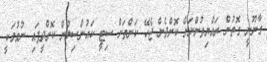
ގާނޫނީ ގޮތުން ރައްޔިތުންނަށް ކޮށްދެން ޖެހޭ ކަންތަށް ސިޓީ ކައުންސިލުން ކޮށްދީފައި ނުވުމަކީ